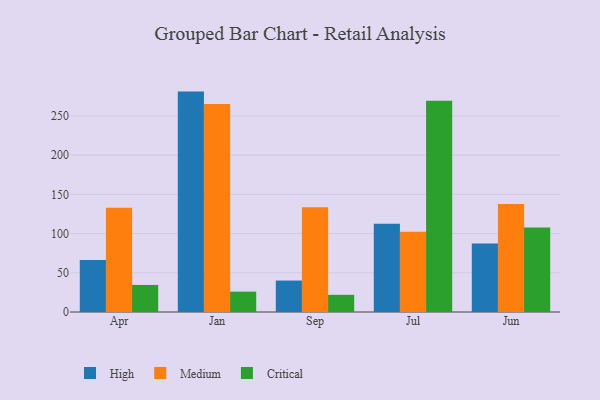
{"axis": {"x": "Month", "y": "Demand Index"}, "legend": ["Critical", "High", "Medium"], "data": [{"x": "Apr", "y": 66.3, "type": "High"}, {"x": "Apr", "y": 132.8, "type": "Medium"}, {"x": "Apr", "y": 34.5, "type": "Critical"}, {"x": "Jan", "y": 281.0, "type": "High"}, {"x": "Jan", "y": 265.1, "type": "Medium"}, {"x": "Jan", "y": 26.0, "type": "Critical"}, {"x": "Sep", "y": 40.1, "type": "High"}, {"x": "Sep", "y": 133.5, "type": "Medium"}, {"x": "Sep", "y": 21.9, "type": "Critical"}, {"x": "Jul", "y": 112.5, "type": "High"}, {"x": "Jul", "y": 102.4, "type": "Medium"}, {"x": "Jul", "y": 269.3, "type": "Critical"}, {"x": "Jun", "y": 87.3, "type": "High"}, {"x": "Jun", "y": 137.7, "type": "Medium"}, {"x": "Jun", "y": 107.8, "type": "Critical"}]}